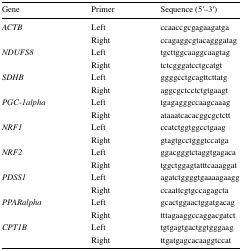
| Gene | Primer | Sequence (5′–3′) |
 | --- | --- | --- |
 | <ROWSPAN=2> ACTB | Left | ccaaccgcgagaagatga |
 | Right | ccagaggcgtacagggatag |
 | <ROWSPAN=2> NDUFS8 | Left | tgcttggcaaggcaagtag |
 | Right | tctcgggatcctgcatgt |
 | <ROWSPAN=2> SDHB | Left | ggggcctgcagttcttatg |
 | Right | aggcgctcctctgtgaagt |
 | <ROWSPAN=2> PGC-1alpha | Left | tgagagggccaagcaaag |
 | Right | ataaatcacacggcgctctt |
 | <ROWSPAN=2> NRF1 | Left | ccatctggtggcctgaag |
 | Right | gtagtgcctgggtccatga |
 | <ROWSPAN=2> NRF2 | Left | ggacgggtctaggtgagaca |
 | Right | tggctggagtatttcaaaggat |
 | <ROWSPAN=2> PDSS1 | Left | agatctggggtgaaaagaagg |
 | Right | ccaattcgtgccagagcta |
 | <ROWSPAN=2> PPARalpha | Left | gcactggaactggatgacag |
 | Right | tttagaaggccaggacgatct |
 | <ROWSPAN=2> CPT1B | Left | tgtgagtgactggtgggaag |
 | Right | ttgatgagcacaaggtccat |